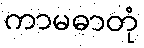
ကာမဓာတုံ